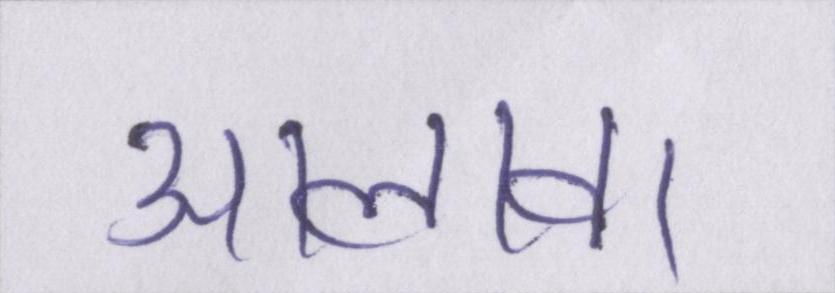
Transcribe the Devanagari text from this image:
आलावा